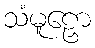
သံမူဠှော